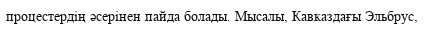
процестердің әсерінен пайда болады. Мысалы, Кавказдағы Эльбрус,